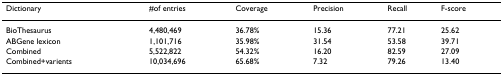
<table><thead><tr><td><b>Dictionary</b></td><td><b>#of entries</b></td><td><b>Coverage</b></td><td><b>Precision</b></td><td><b>Recall</b></td><td><b>F-score</b></td></tr></thead><tbody><tr><td>BioThesaurus</td><td>4,480,469</td><td>36.78%</td><td>15.36</td><td>77.21</td><td>25.62</td></tr><tr><td>ABGene lexicon</td><td>1,101,716</td><td>35.98%</td><td>31.54</td><td>53.58</td><td>39.71</td></tr><tr><td>Combined</td><td>5,522,822</td><td>54.32%</td><td>16.20</td><td>82.59</td><td>27.09</td></tr><tr><td>Combined+varients</td><td>10,034,696</td><td>65.68%</td><td>7.32</td><td>79.26</td><td>13.40</td></tr></tbody></table>